65_HS1-834228961_62-HQ-83894_Serial_164
Agency: FBI
Page 16
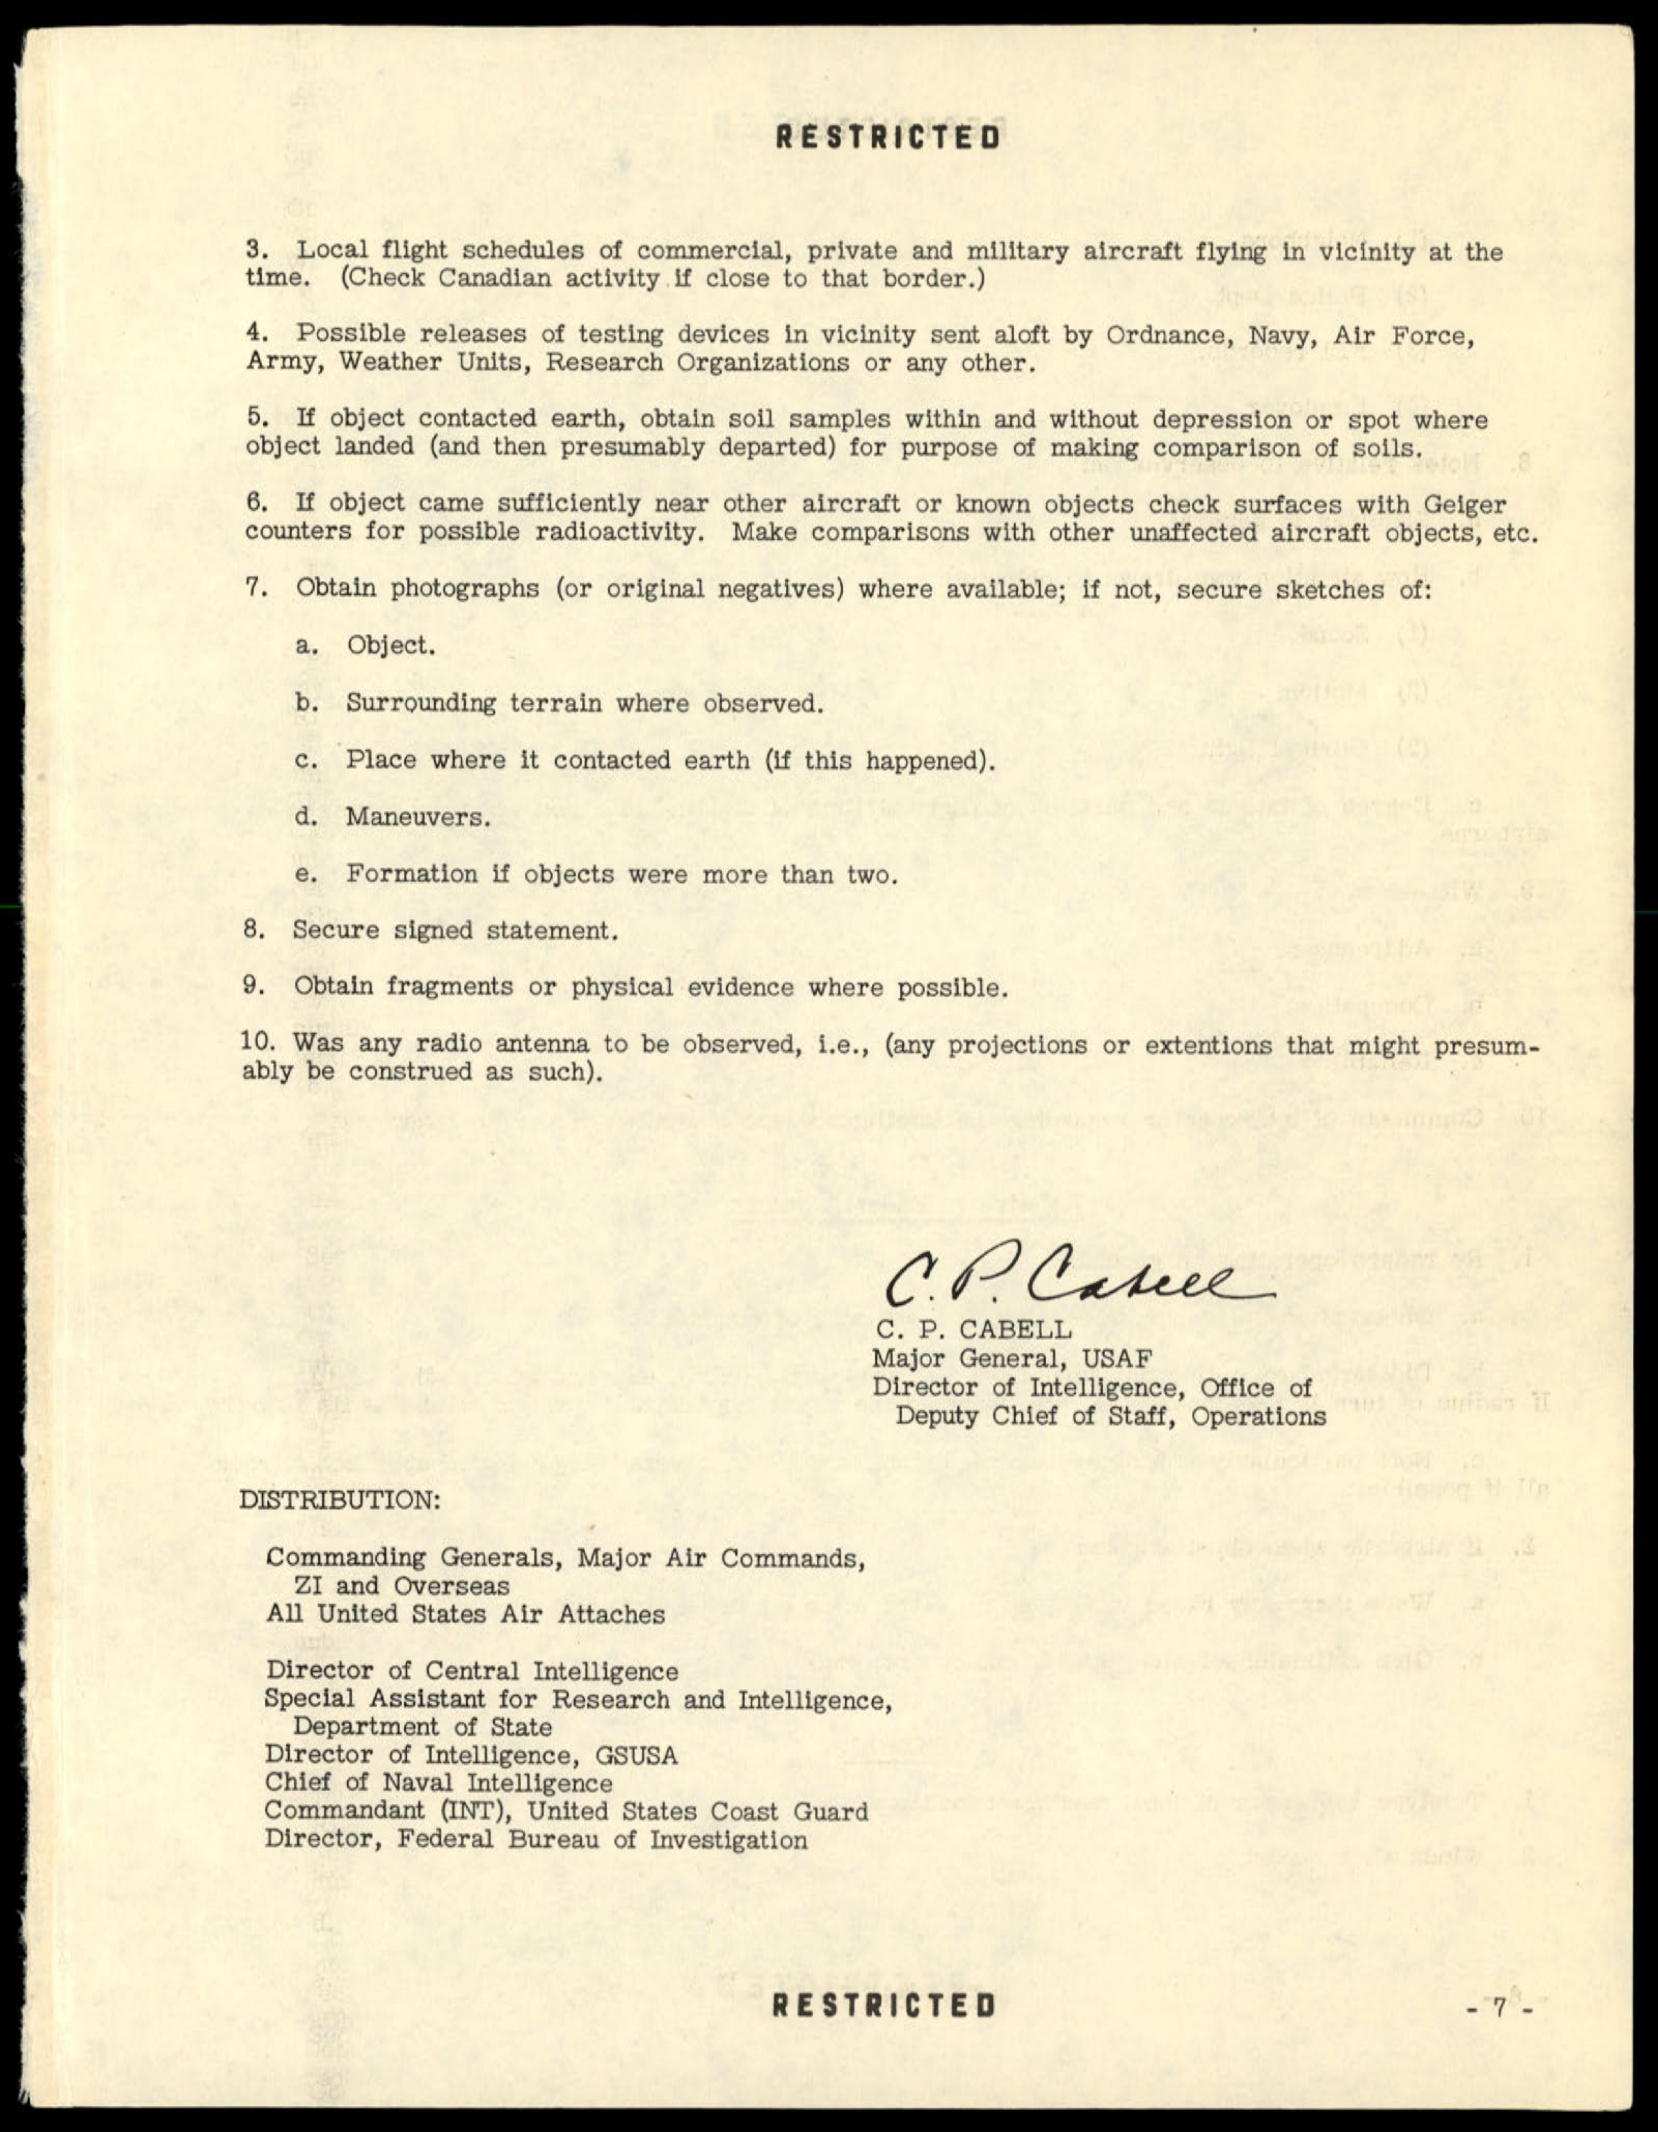